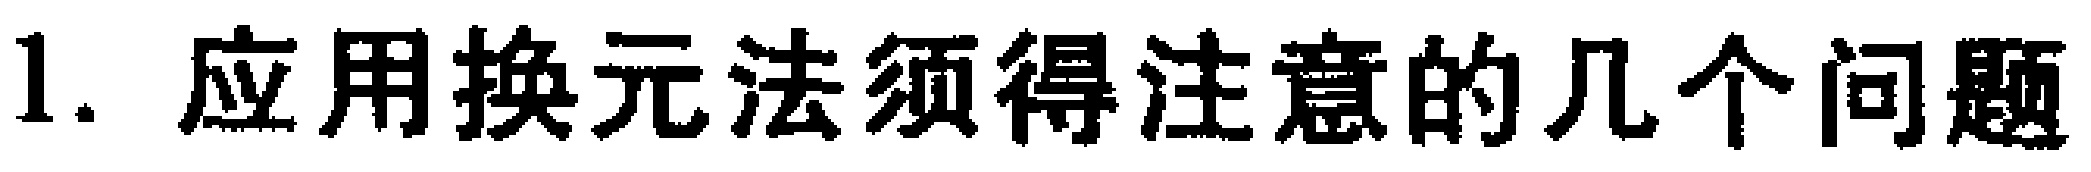
1. 应用换元法须得注意的几个问题